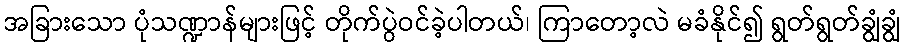
အခြားသော ပုံသဏ္ဍာန်များဖြင့် တိုက်ပွဲဝင်ခဲ့ပါတယ်၊ ကြာတော့လဲ မခံနိုင်၍ ရွတ်ရွတ်ချွံချွံ